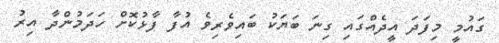
ގައުމީ މިފަދަ އީދެއްގައި ގިނަ ބަޔަކު ބައިވެރިވެ އުފާ ފާޅުކޮށް ހަދަމުންދާ އިރު